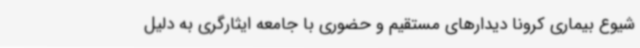
شیوع بیماری کرونا دیدارهای مستقیم و حضوری با جامعه ایثارگری به دلیل